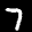
Label: 7